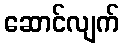
ဆောင်လျက်